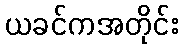
ယခင်ကအတိုင်း